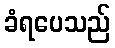
ခံရပေသည်